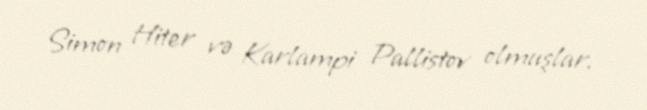
Simon Hiter və Karlampi Pallistov olmuşlar.